Vaccination in the Punjab 1919-1929 - 1919-1929
Year: 1919
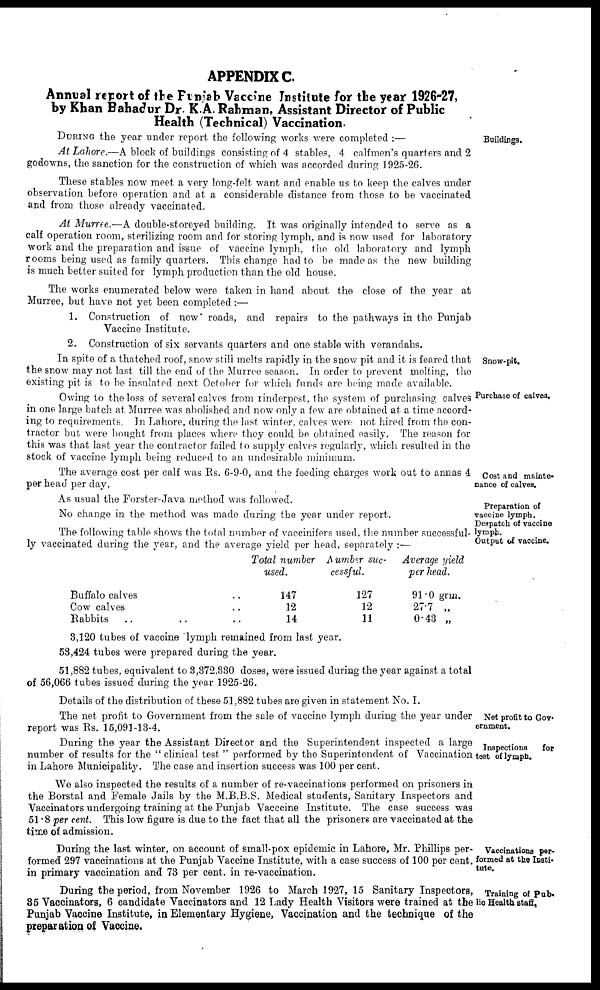
APPENDIX C.
Annual report of the Punjab Vaccine Institute for the year 1926-27,
by Khan Bahadur Dr. K.A. Rahman, Assistant Director of Public
Health (Technical) Vaccination-
Buildings.
DURING the year under report the following works were completed :—
At Lahore.—A block of buildings consisting of 4 stables, 4 calfmen's quarters and 2
godowns, the sanction for the construction of which was accorded during 1925-26.
These stables now meet a very long-felt want and enable us to keep the calves under
observation before operation and at a considerable distance from those to be vaccinated
and from those already vaccinated.
At Murree.—A double-storeyed building. It was originally intended to serve as a
calf operation room, sterilizing room and for storing lymph, and is now used for laboratory
work and the preparation and issue of vaccine lymph, the old laboratory and lymph
rooms being used as family quarters. This change had to be made as the new building
is much better suited for lymph production than the old house.
The works enumerated below were taken in hand about the close of the year at
Murree, but have not yet been completed :—
1. Construction of new' roads, and repairs to the pathways in the Punjab
Vaccine Institute.
2. Construction of six servants quarters and one stable with verandahs.
Snow-pit.
In spite of a thatched roof, snow stili melts rapidly in the snow pit and it is feared that
the snow may not last till the end of the Murree season. In order to prevent melting, the
existing pit is to be insulated next October for which funds are being made available.
Purchase of calves.
Owing to the loss of several calves from rinderpest, the system of purchasing calves
in one large batch at Murree was abolished and now only a few are obtained at a time accord-
ing to requirements. In Lahore, during the last winter, calves were not hired from the con-
tractor but were bought from places where they could be obtained easily. The reason for
this was that last year the contractor failed to supply calves regularly, which resulted in the
stock of vaccine lymph being reduced to an undesirable minimum.
Cost and mainte-
nance of calves.
The average cost per calf was Rs. 6-9-0, and the feeding charges work out to annas 4
per head per day.
Preparation of
vaccine lymph.
Despatch of vaccine
lymph.
Output of vaccine.
As usual the Forster-Java method was followed.
No change in the method was made during the year under report.
The following table shows the total number of vaccinifers used, the number successful-
ly vaccinated during the year, and the average yield per head, separately :—
Buffalo calves ..
Cow calves ..
Rabbits .. .. ..
Total number
used.
147
12
14
Number suc-
cessful.
127
12
11
Average yield
per head.
91.0 grm.
27.7 „
0.43 „
3,120 tubes of vaccine lymph remained from last year.
53,424 tubes were prepared during the year.
51,882 tubes, equivalent to 3,372,330 doses, were issued during the year against a total
of 56,066 tubes issued during the year 1925-26.
Details of the distribution of these 51,882 tubes are given in statement No. I.
Net profit to Gov-
ernment.
The net profit to Government from the sale of vaccine lymph during the year under
report was Rs. 15,091-13-4.
Inspections
for
test of lymph.
During the year the Assistant Director and the Superintendent inspected a large
number of results for the " clinical test " performed by the Superintendent of Vaccination
in Lahore Municipality. The case and insertion success was 100 per cent.
We also inspected the results of a number of re-vaccinations performed on prisoners in
the Borstal and Female Jails by the M.B.B.S. Medical students, Sanitary Inspectors and
Vaccinators undergoing training at the Punjab Vacccine Institute. The case success was
51.8 per cent. This low figure is due to the fact that all the prisoners are vaccinated at the
time of admission.
Vaccinations per-
formed at the Insti-
tute.
During the last winter, on account of small-pox epidemic in Lahore, Mr. Phillips per-
formed 297 vaccinations at the Punjab Vaccine Institute, with a case success of 100 per cent.
in primary vaccination and 73 per cent. in re-vaccination.
Training of Pub-
lic Health staff.
During the period, from November 1926 to March 1927, 15 Sanitary Inspectors,
35 Vaccinators, 6 candidate Vaccinators and 12 Lady Health Visitors were trained at the
Punjab Vaccine Institute, in Elementary Hygiene, Vaccination and the technique of the
preparation of Vaccine.